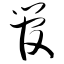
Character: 管